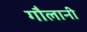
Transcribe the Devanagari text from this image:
गौलानी